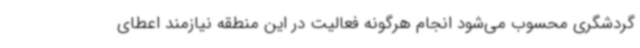
گردشگری محسوب می‌شود انجام هرگونه فعالیت در این منطقه نیازمند اعطای